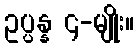
ဥပ္ပန္န ၄-မျိုး။